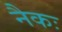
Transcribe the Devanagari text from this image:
नैकः